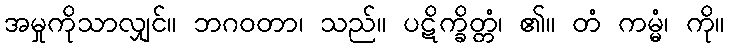
အမှုကိုသာလျှင်။ ဘဂဝတာ၊ သည်။ ပဋိက္ခိတ္တံ၊ ၏။ တံ ကမ္မံ၊ ကို။